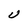
Character: U